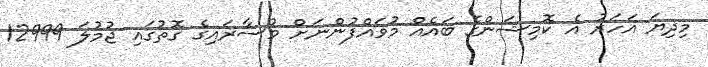
މިދިޔަ އަހަރު އެ ކޮމިޝަންގެ ބައެއް މުވައްފުންނަށް މުސާރައިގެ ގޮތުގައި ޖުމުލަ 12999